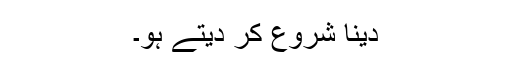
دینا شروع کر دیتے ہو۔